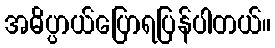
အဓိပ္ပာယ်ပြောရပြန်ပါတယ်။